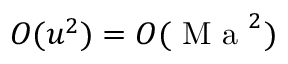
O ( u ^ { 2 } ) = O ( \mathrm { ~ M ~ a ~ } ^ { 2 } )